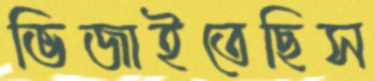
ভিজাইতেছিস